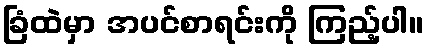
ခြံထဲမှာ အပင်စာရင်းကို ကြည့်ပါ။